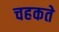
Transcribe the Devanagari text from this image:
चहकते